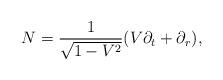
LaTeX: \begin{align*} N=\frac{1}{\sqrt{1-V^2}}(V\partial_t+\partial_r),\end{align*}